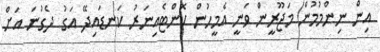
އިން ނިންމުމުން މަޖޫރީން ވަނީ އެމީހުން ކޮންޓެއިނަރު ކަނޑައިދޭ އަގު ދެގުނަ އަށް